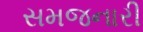
સમજનારી